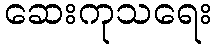
ဆေးကုသရေး